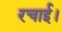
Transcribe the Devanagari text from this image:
रचाई।